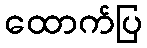
ထောက်ပြ